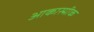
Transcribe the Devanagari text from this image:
आकास्मीक